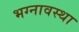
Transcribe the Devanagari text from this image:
भग्‍नावस्‍था